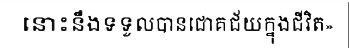
នោះនឹងទទួលបានជោគជ័យក្នុងជីវិត»